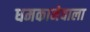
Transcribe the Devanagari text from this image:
धमकानेवाला